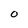
Character: O